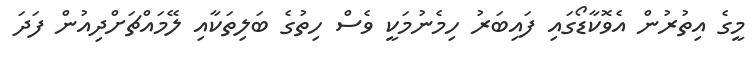
މީގެ އިތުރުން އެވޮކާޑޯގައި ފައިބަރު ހިމެނުމަކީ ވެސް ހިތުގެ ބަލިތަކާއި ލޭމައްޗަށްދިއުން ފަދަ